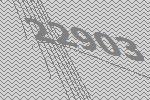
22903